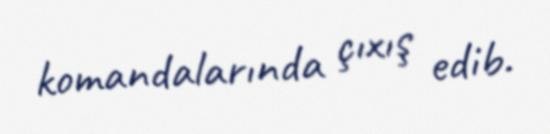
komandalarında çıxış edib.